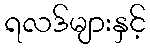
ရလဒ်များနှင့်